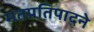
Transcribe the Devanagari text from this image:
मतप्रतिपादने